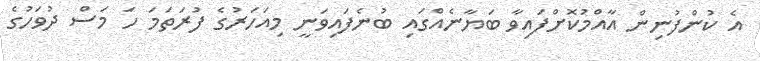
އެ ކުންފުނިން އާއްމުކޮށްފައިވާ ބަޔާނެއްގައި ބުނެފައިވަނީ މިއަހަރުގެ ފުރަތަމަ ހަ މަސް ދުވަހުގެ